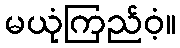
မယုံကြည်ဝံ့။